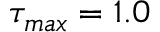
\tau _ { m a x } = 1 . 0